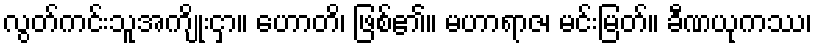
လွတ်ကင်းသူအကျိုးငှာ။ ဟောတိ၊ ဖြစ်၏။ မဟာရာဇ၊ မင်းမြတ်။ ခီဏယုကဿ၊